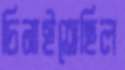
চিনাইতেছিল